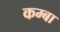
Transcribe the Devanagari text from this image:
कम्बा